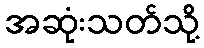
အဆုံးသတ်သို့